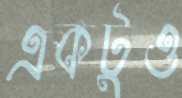
একটুও